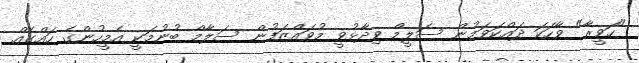
"ހަވީރާ" ވާހަކަ ދައްކަވަމުން ސަލީމް ވިދާޅުވީ މުވައްޒަފުން ސަލާމް ބުނުމަކީ އެމީހުންގެ ހައްގެއް